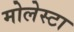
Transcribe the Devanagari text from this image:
मोलेस्टा